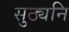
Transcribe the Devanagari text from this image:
सुठ्यनि